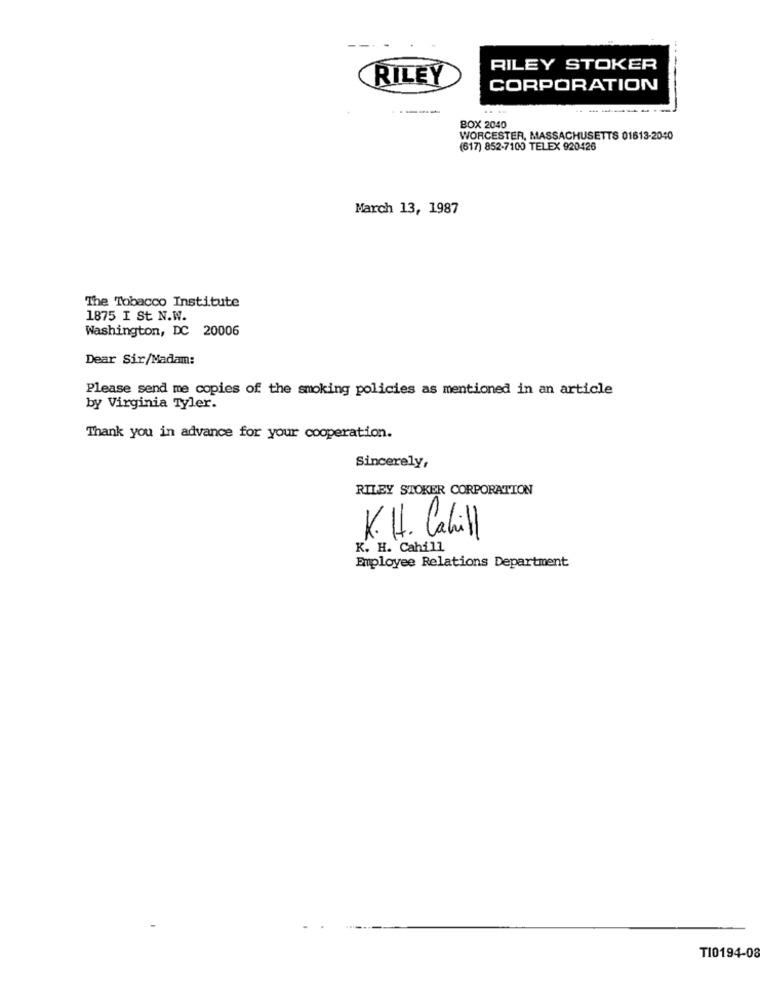
RILEY STOKER
RILEY
CORPORATION
----
--
BOX 2040
WORCESTER, MASSACHUSETTS 01613-2040
(617) 852-7100 TELEX 920426
March 13, 1987
The Tobacco Institute
1875 I St. N.W.
Washington, DC 20006
Dear Sir/Madam:
Please send me copies of the smoking policies as mentioned in an article
by Virginia Tyler.
Thank you in advance for your cooperation.
Sincerely,
RILEY STOKER CORPORATION
K. H. Cahill
K. H. Cahill
Employee Relations Department
T10194-08